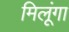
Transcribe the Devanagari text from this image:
मिलूंगा